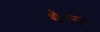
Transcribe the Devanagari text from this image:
थेरसा